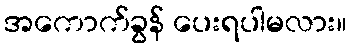
အကောက်ခွန် ပေးရပါမလား။